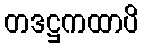
တဒဋ္ဌကထာပိ